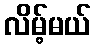
လိမ့်မယ်